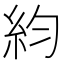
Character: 𥾡